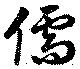
儒